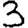
Digit: 3